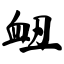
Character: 衄